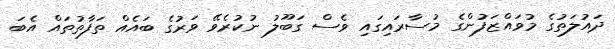
ދައުލަތުގެ މުވައްޒަފުންގެ މުސާރައިގައި ވެސް ގަބޫލު ނުކުރެވޭ ވަރުގެ ބައެއް ތަފާތުތައް އެބަ